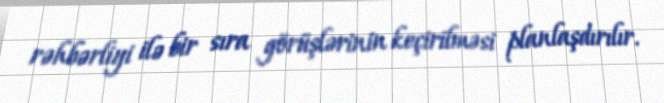
rəhbərliyi ilə bir sıra görüşlərinin keçirilməsi planlaşdırılır.